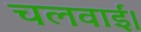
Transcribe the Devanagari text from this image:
चलवाईं।